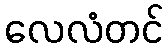
လေလံတင်